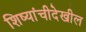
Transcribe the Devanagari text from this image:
शिष्यांचीदेखील